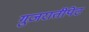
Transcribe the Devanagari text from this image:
गुजरातीपेट